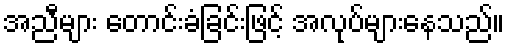
အညီများ တောင်းခံခြင်းဖြင့် အလုပ်များနေသည်။